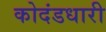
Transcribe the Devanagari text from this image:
कोदंडधारी